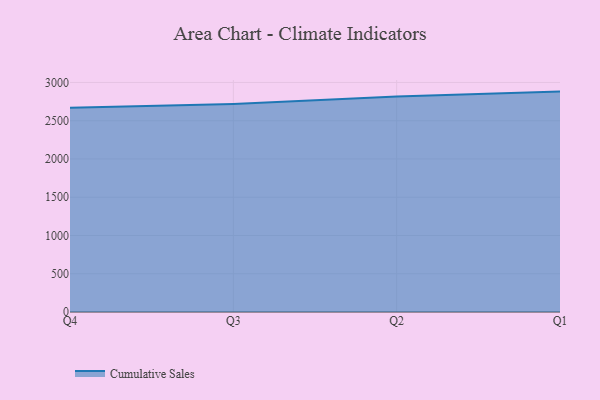
{"axis": {"x": "Quarter", "y": "Customer Acquisition Cost (USD)"}, "legend": ["Cumulative Sales"], "data": [{"x": "Q4", "y": 2668.2, "type": "Cumulative Sales"}, {"x": "Q3", "y": 2718.6, "type": "Cumulative Sales"}, {"x": "Q2", "y": 2815.2, "type": "Cumulative Sales"}, {"x": "Q1", "y": 2880.6, "type": "Cumulative Sales"}]}